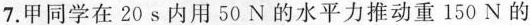
7.甲同学在20s内用50N的水平力推动重150N的